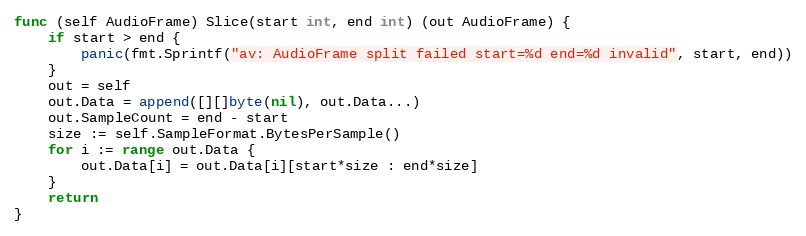
Language: Go
func (self AudioFrame) Slice(start int, end int) (out AudioFrame) {
	if start > end {
		panic(fmt.Sprintf("av: AudioFrame split failed start=%d end=%d invalid", start, end))
	}
	out = self
	out.Data = append([][]byte(nil), out.Data...)
	out.SampleCount = end - start
	size := self.SampleFormat.BytesPerSample()
	for i := range out.Data {
		out.Data[i] = out.Data[i][start*size : end*size]
	}
	return
}